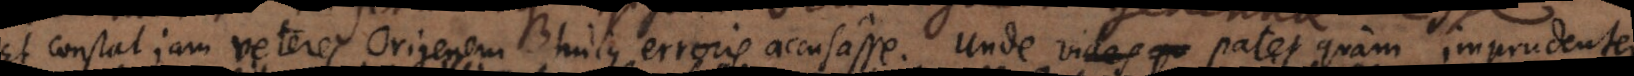
Et constat jam veteres Origenem hujus erroris accusasse. Unde patet quam imprud